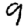
Digit: 9